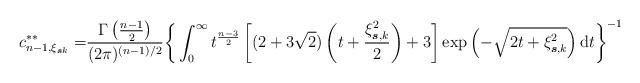
LaTeX: \begin{align*}c_{n-1,\xi_{\boldsymbol{s}k}}^{\ast\ast}=&\frac{\Gamma\left(\frac{n-1}{2}\right)}{(2\pi)^{(n-1)/2}}\bigg\{\int_{0}^{\infty}t^{\frac{n-3}{2}}\left[(2+3\sqrt{2})\left(t+\frac{\xi_{\boldsymbol{s},k}^{2}}{2}\right)+3\right]\exp\left(-\sqrt{2t+\xi_{\boldsymbol{s},k}^{2}}\right)\mathrm{d}t\bigg\}^{-1}\end{align*}